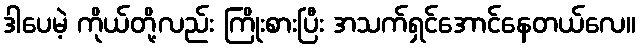
ဒါပေမဲ့ ကိုယ်တို့လည်း ကြိုးစားပြီး အသက်ရှင်အောင်နေတယ်လေ။